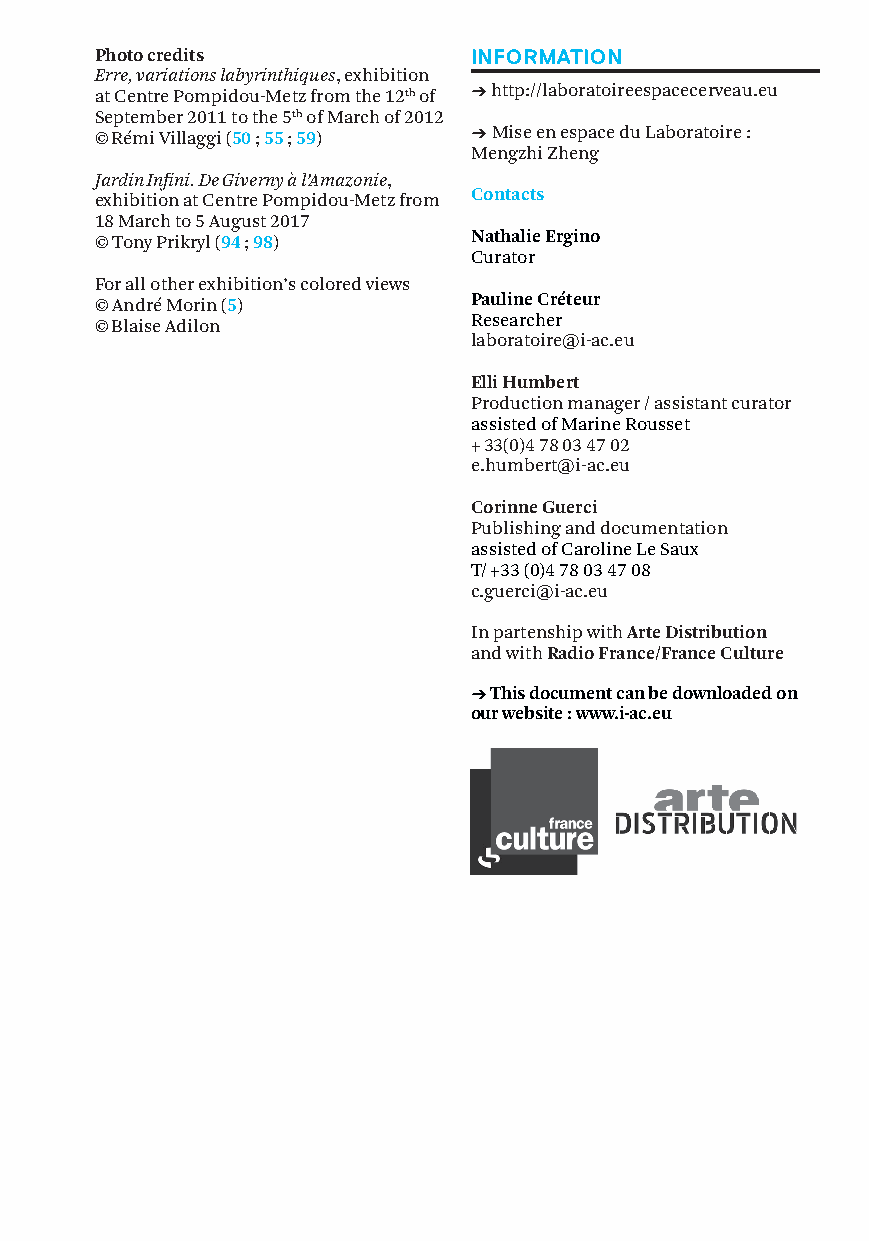
Photo credits            INFORMATION
 Erre, variations labyrinthiques, exhibition
 at Centre Pompidou-Metz from the 12th of → http://laboratoireespacecerveau.eu
 September 2011 to the 5th of March of 2012
 © Rémi Villaggi (50 ; 55 ; 59) → Mise en espace du Laboratoire :
 Mengzhi Zheng
 Jardin Infini. De Giverny à l’Amazonie,
 exhibition at Centre Pompidou-Metz from Contacts
 18 March to 5 August 2017
 © Tony Prikryl (94 ; 98) Nathalie Ergino
 Curator
 For all other exhibition’s colored views
 © André Morin (5)        Pauline Créteur
 © Blaise Adilon          Researcher
 laboratoire@i-ac.eu
 Elli Humbert
 Production manager / assistant curator
 assisted of Marine Rousset
 + 33(0)4 78 03 47 02
 e.humbert@i-ac.eu
 Corinne Guerci
 Publishing and documentation
 assisted of Caroline Le Saux
 T/ +33 (0)4 78 03 47 08
 c.guerci@i-ac.eu
 In partenship with Arte Distribution
 and with Radio France/France Culture
 → This document can be downloaded on
 our website : www.i-ac.eu